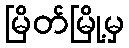
မြိတ်မြို့မှ